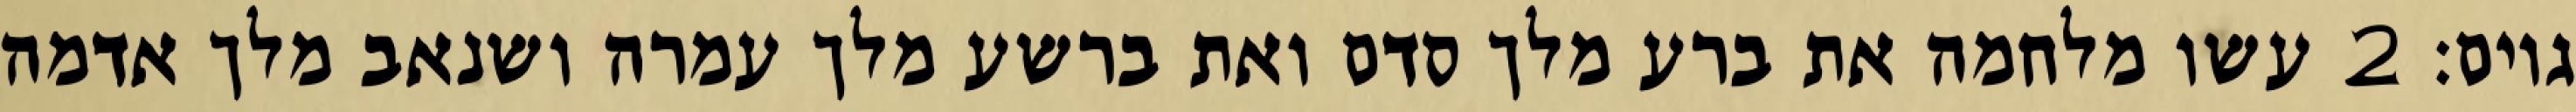
גוים׃ ‎2‏ עשו מלחמה את ברע מלך סדם ואת ברשע מלך עמרה ושנאב מלך אדמה